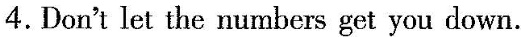
4.Don't let the numbers get you down.